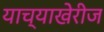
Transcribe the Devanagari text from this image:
याच्याखेरीज